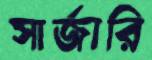
সার্জারি